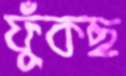
ফুঁকছ